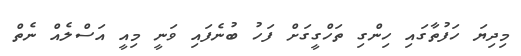
މިދިޔަ ހަފުތާގައި ހިންގި ތަހްގީގަށް ފަހު ބުނެފައި ވަނީ މިއީ އަސްލެއް ނެތް